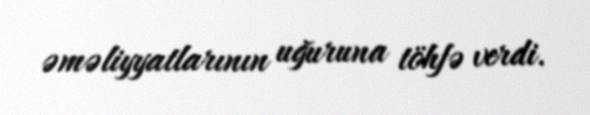
əməliyyatlarının uğuruna töhfə verdi.